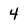
Character: 4